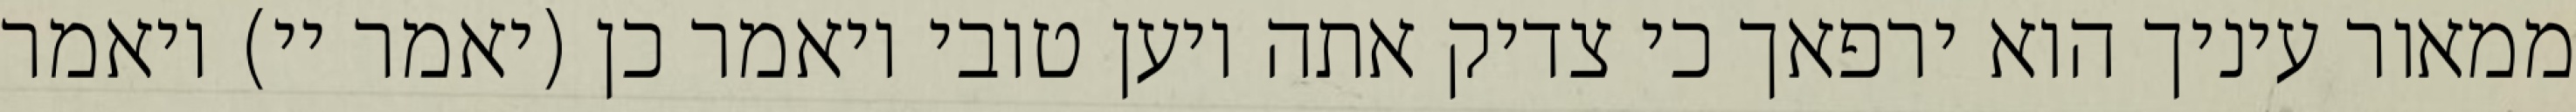
ממאור עיניך הוא ירפאך כי צדיק אתה ויען טובי ויאמר כן (יאמר יי) ויאמר